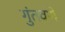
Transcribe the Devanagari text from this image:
गुंतवणे